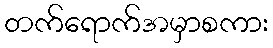
တက်ရောက်အမှာစကား